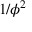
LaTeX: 1 / \phi ^ { 2 }